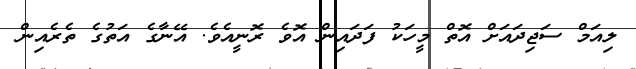
ލިއަމް ސަޖިދައަށް އޮތް މީހަކު ފަދައިން އޮވެ ރޮނީއެވެ. އޭނާގެ އަތުގެ ތެރެއިން